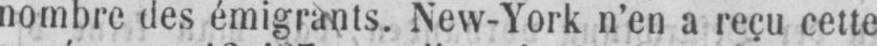
nombre des émigrants. New-York n’en a reçu cette